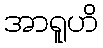
အာရူဟိ